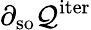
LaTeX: \partial_{\mathrm{so}}\mathcal{Q}^{\mathrm{iter}}